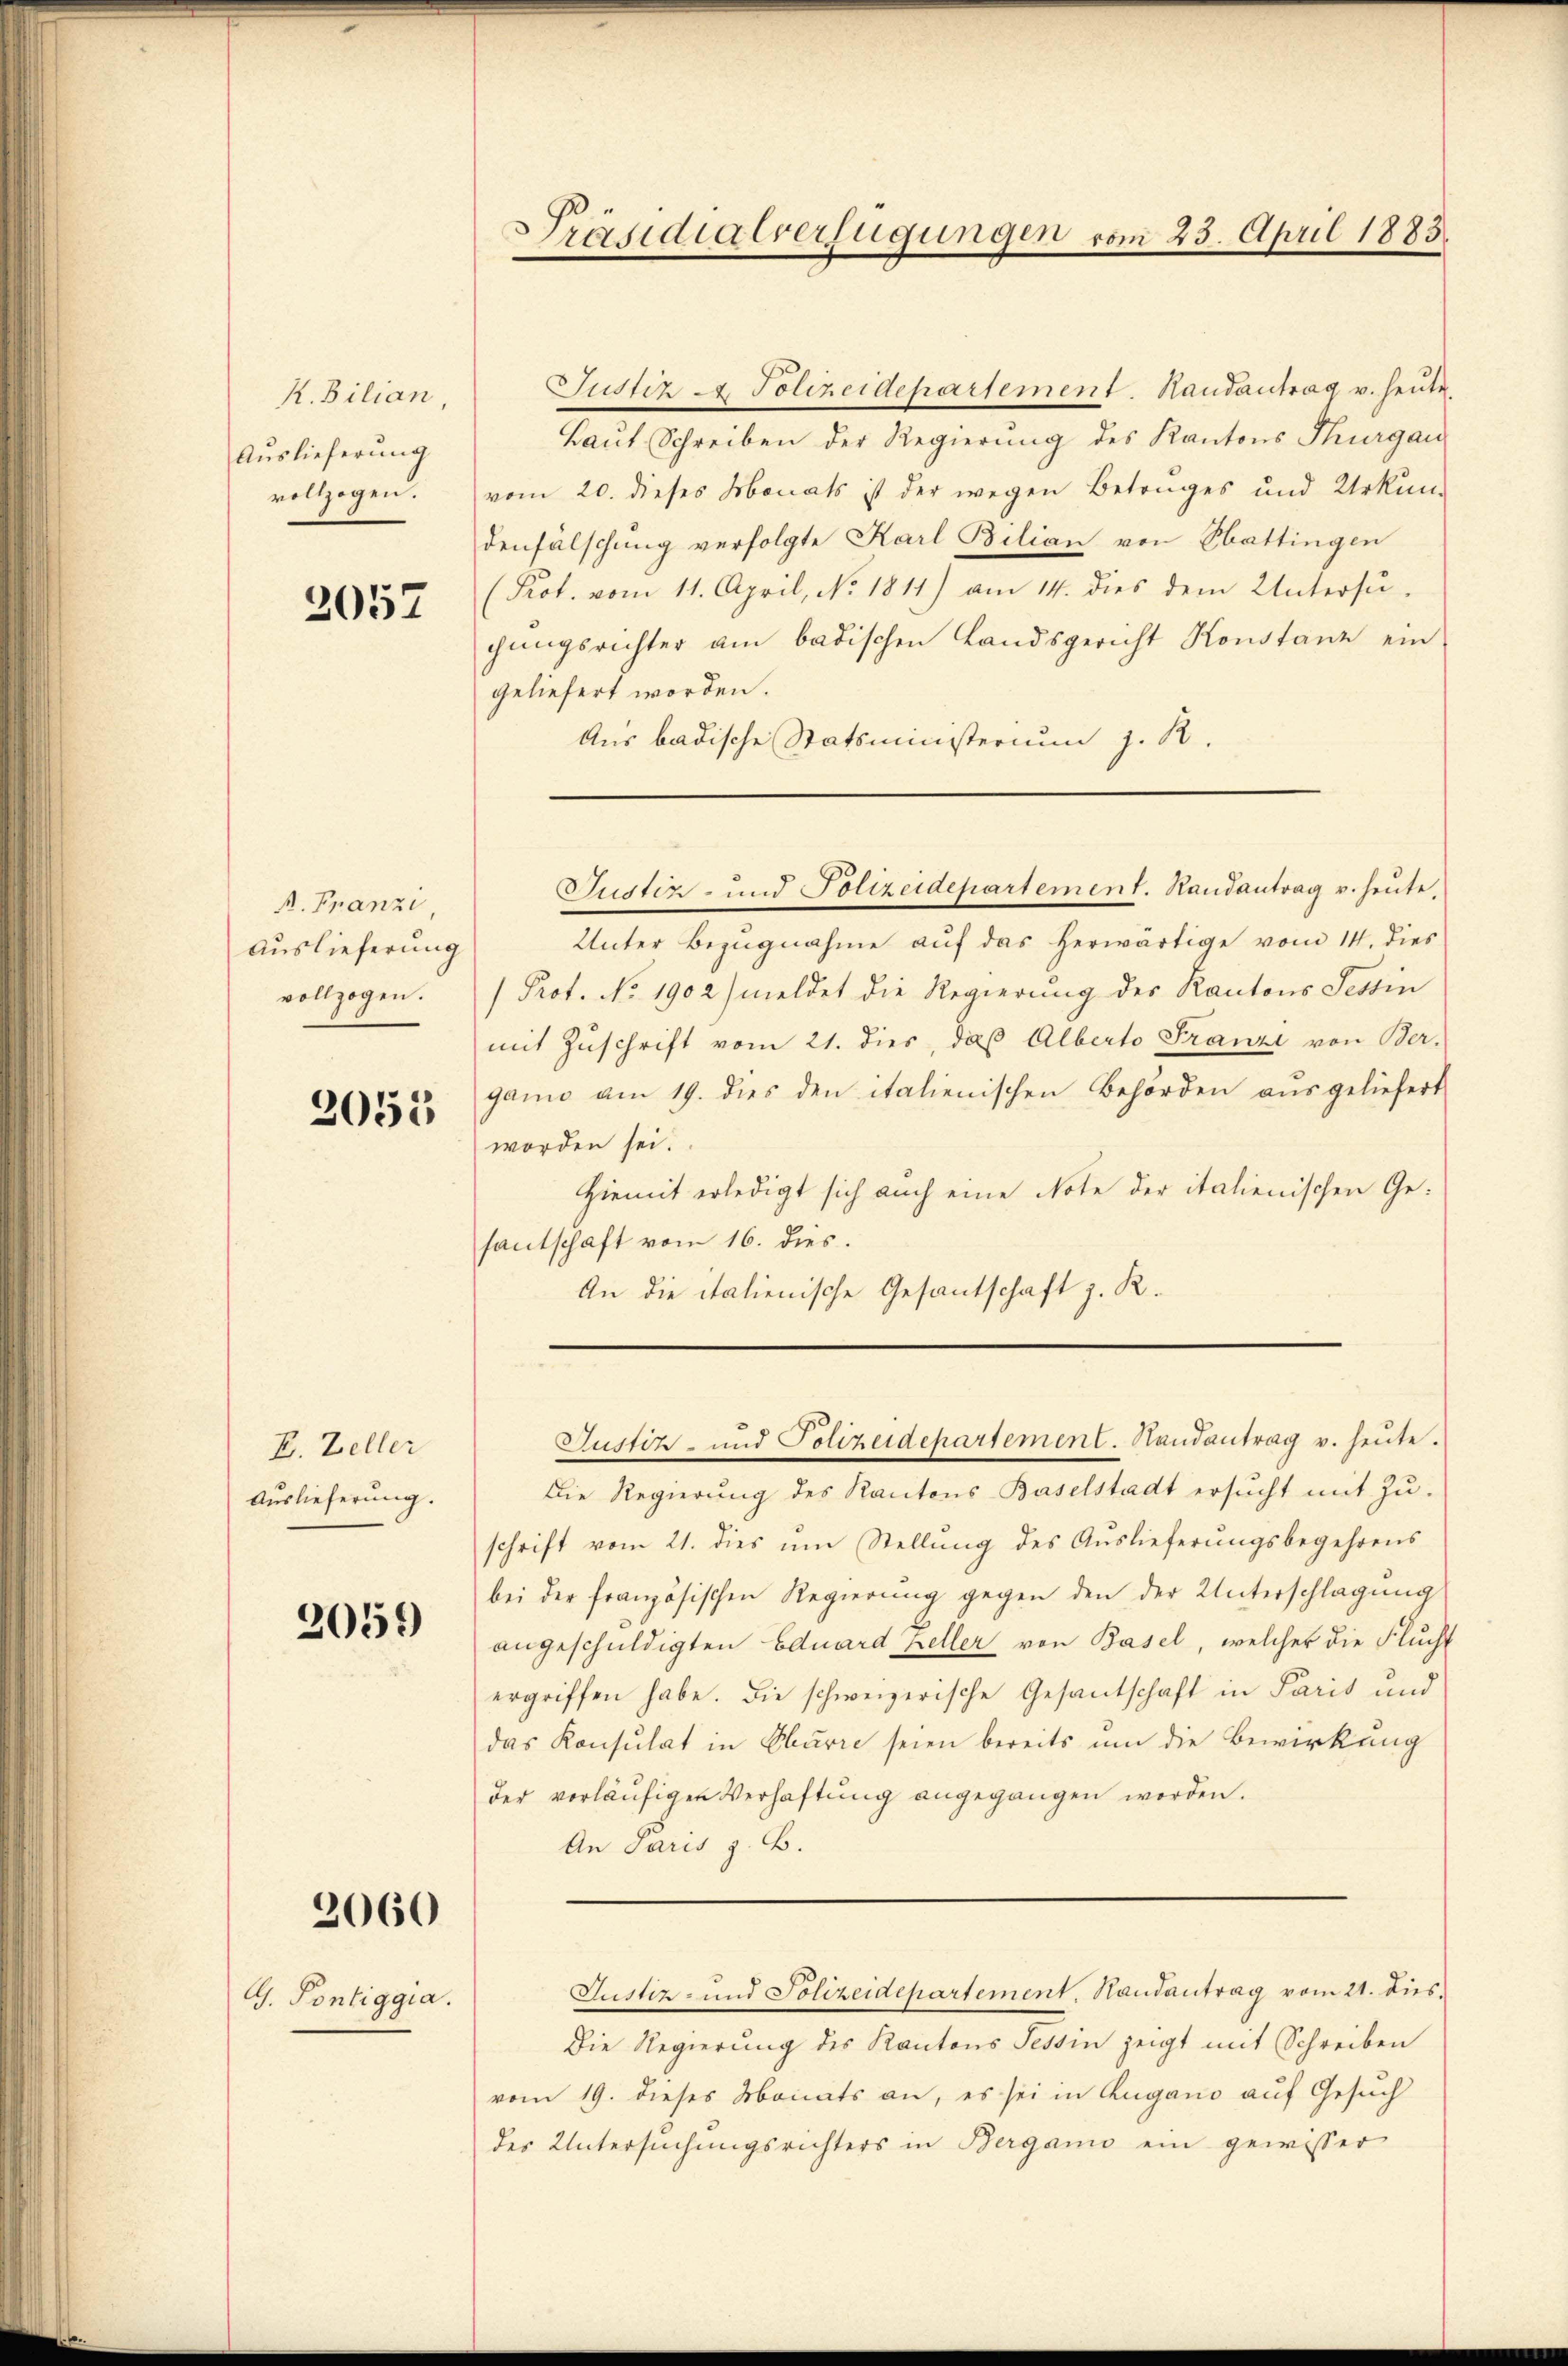
R. Bilian,
Auslieferung
vollzogen.

2057

A. Franzi,
Auslieferung
vollzogen.

2055

E. Zeller
Auslieferung.

2059)

2060

G. Pontiggia.

Präsidialverfügungen vom 25. April 1883.

Justiz - Polizeidepartement. Handantrag v. heute.
Laut Schreiben der Regierung des Kantons Thurgau
vom 20. dieses Monats ist der wegen Betruges und Urkun-
denfälschung verfolgte Karl Bilian von Sbattingen
(Prot. vom 11. April, No. 1811) am 14. dies dem Untersu-
gungsrichter am badischen Landsgericht Konstanz ein
geliefert worden.
Aus badische Statsministerium J. R.

Unter Bezugnahme aŭf das herwärtige vom 14. dies
 Prof. No. 1902) meldet die Regierung des Kantons Tessin
mit Zŭschrift vom 21. dies, daβ Alberto Franzi von Ber-
gano am 19. dies den italienischen Behörden ausgeliefert
worden sei.
Hiemit erledigt sich auch eine Note der italienischen Gesantschaft vom 16. dies
An die italienische Gesantschaft z. R.

Justiz- und Polizeidepartement. Handantrag u. heute,

Justiz- und Polizeidepartement. Randantrag u. heŭte.

Die Regierung des Kantons Baselstadt ersŭcht mit Zŭ-
schrift vom 21. dies ŭm Stellŭng des Aŭslieferŭngsbegehrens
bei der französischen Regierŭng gegen den der Unterschlagung
angeschuldigten Eduard Keller von Basel, welcher die Flucht
ergriffen habe. Die schweizerische Gesantschaft in Paris und
das Konsulat in Oberre seien bereits um die Bewirkung
der vorläŭfigen Verhaftŭng angegangen worden.
An Paris z. B.
Justiz- und Polizeidepartement. Handantrag vom 21. dies¬
Die Regierung des Kantons Tessin zeigt mit Schreiben
vom 19. dieses Monats an, es sei in Zugano auf Gesuch
des Untersuchungsrichters in Berganis ein gewisser